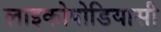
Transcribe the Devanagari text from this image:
लाइकोपोडियासी